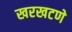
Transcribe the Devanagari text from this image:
खरखटणे